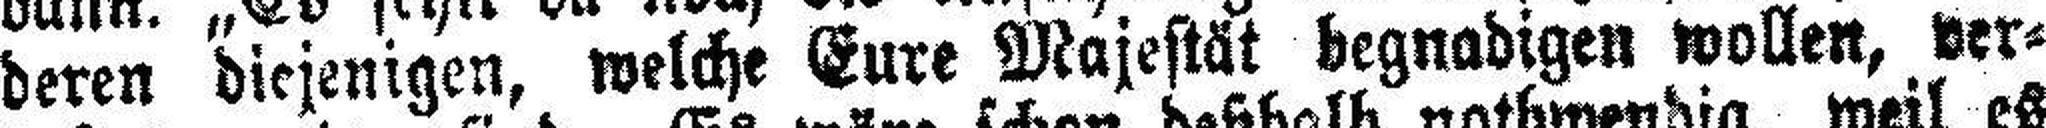
deren diejenigen, welche Eure Majestät begnadigen wollen, ver¬